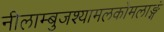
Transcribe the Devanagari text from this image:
नीलाम्बुजश्यामलकोमलाङ्गं